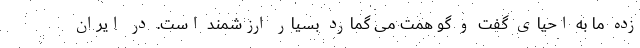
زده ما به احیای گفت و گو همت می گمارد بسیار ارزشمند است. در ایران